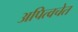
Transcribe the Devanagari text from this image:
अपित्वचेत